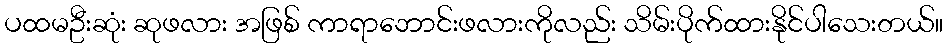
ပထမဦးဆုံး ဆုဖလား အဖြစ် ကာရာဘောင်းဖလားကိုလည်း သိမ်းပိုက်ထားနိုင်ပါသေးတယ်။